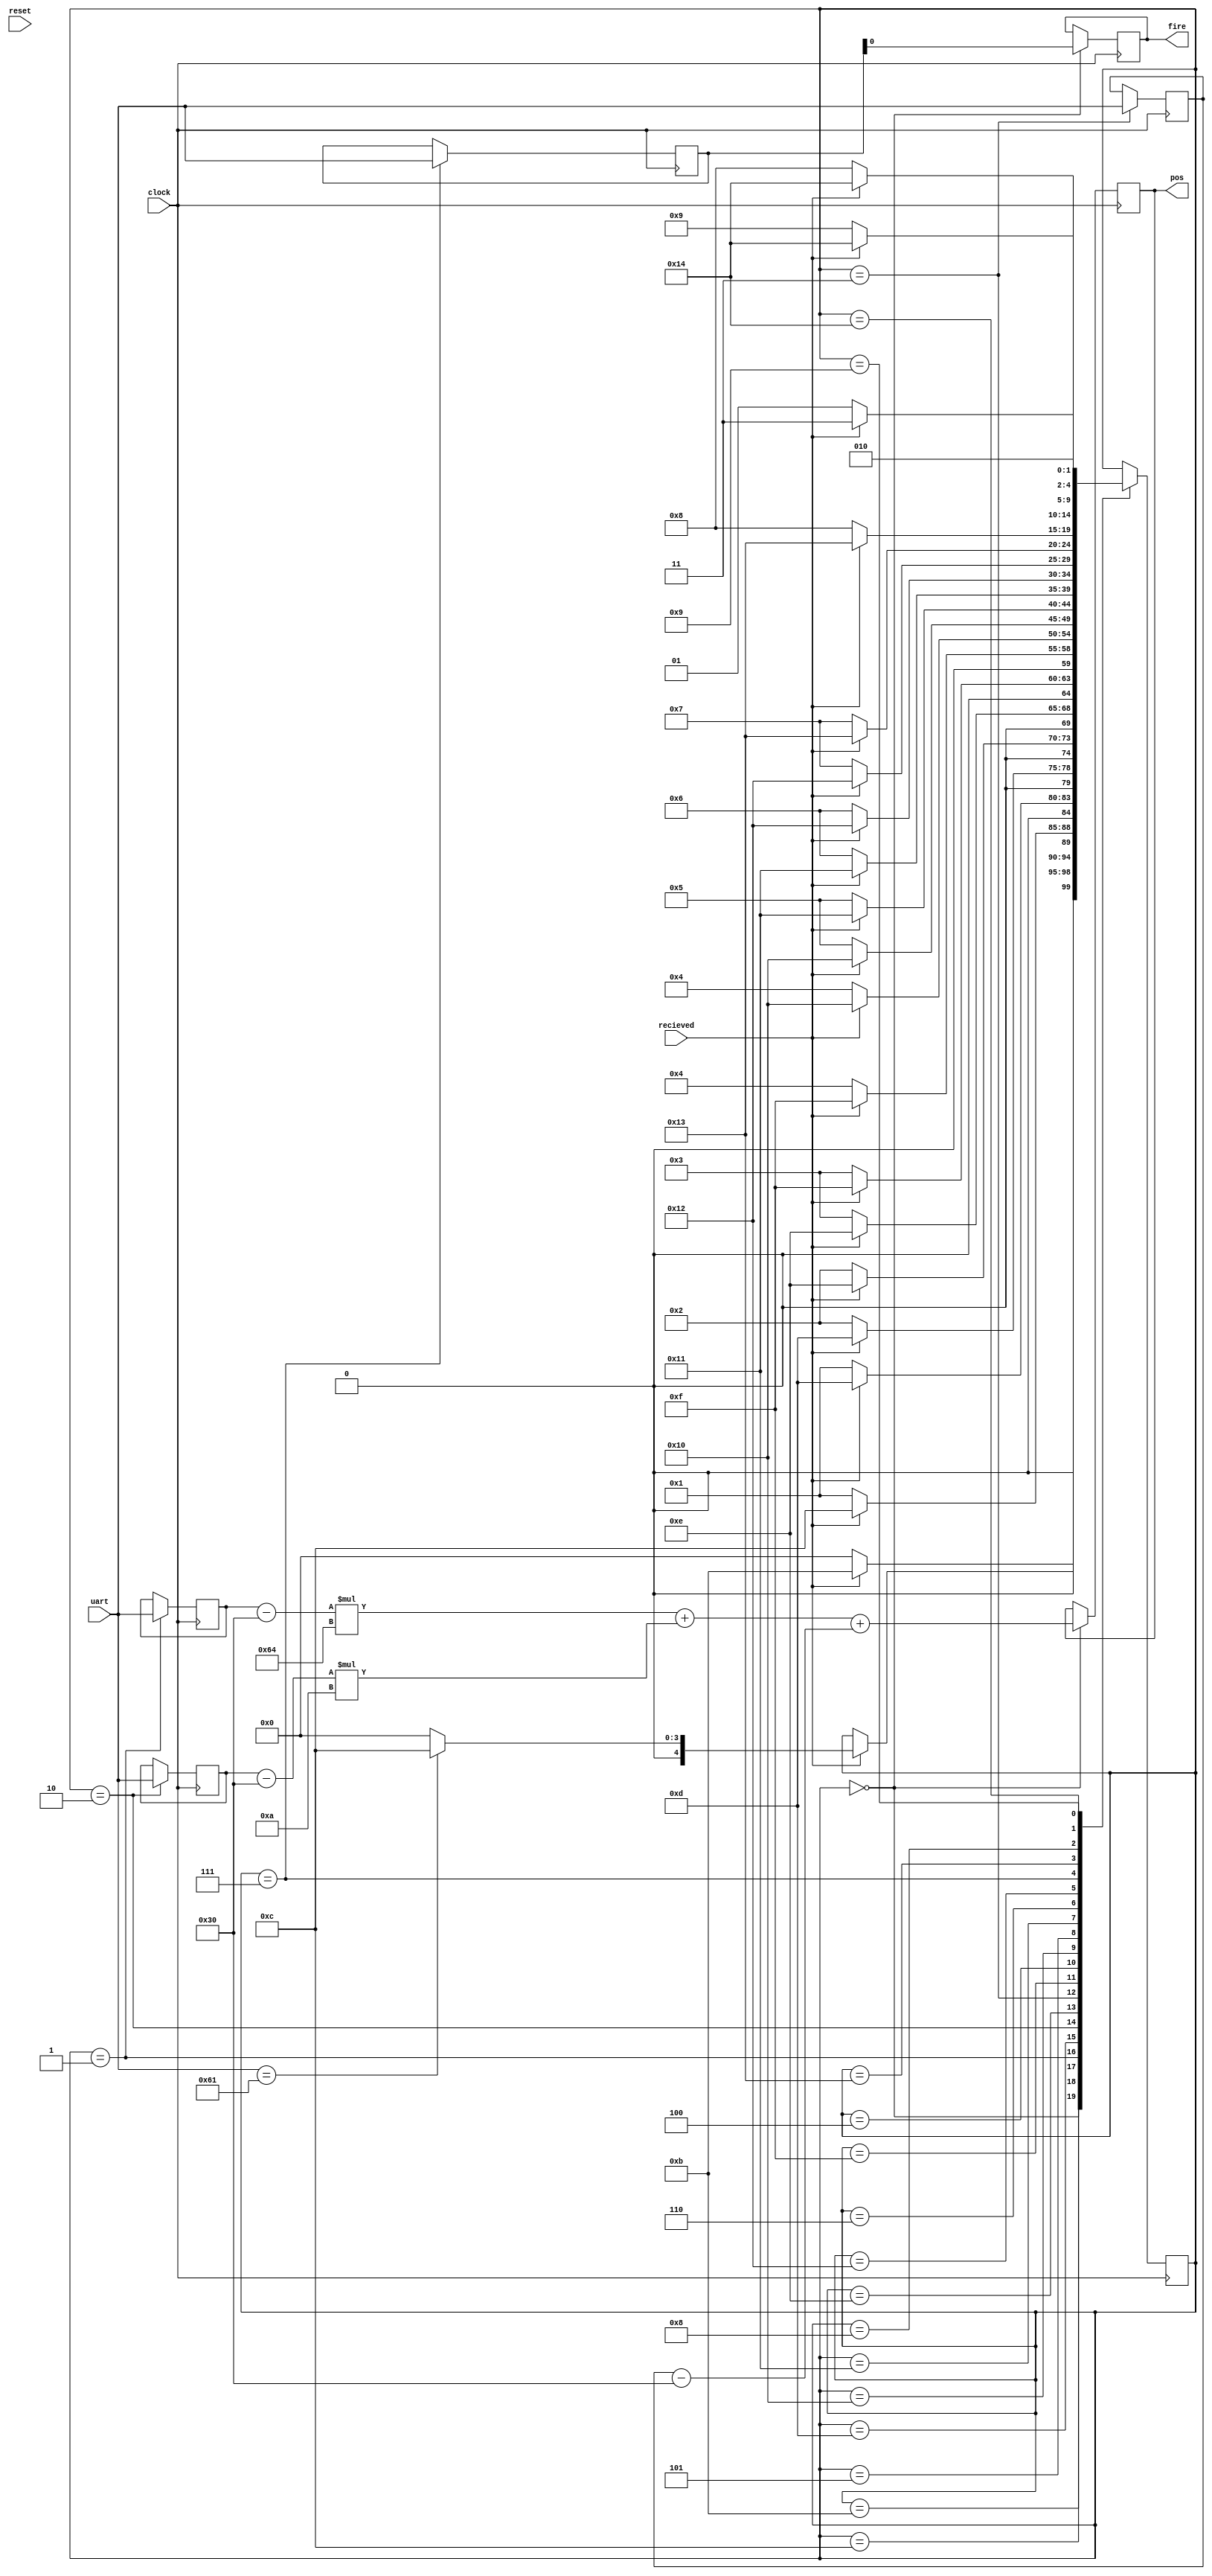
module Nerf_Sentry_sm3(clock, uart, recieved, reset, pos, fire);
	input clock;
	input [7:0] uart;
	input recieved;
	input reset;
	output reg [7:0] pos;
	output reg fire;
	reg [4:0] state;
	reg [7:0] fireReg;
	reg [7:0] x100, x010, x001;
	parameter IDLE = 5'b00000,
			    X100 = 5'b00001,
				 X010 = 5'b00010,
				 X001 = 5'b00011,
			    Y100 = 5'b00100,
				 Y010 = 5'b00101,
				 Y001 = 5'b00110,
				 FIRE = 5'b00111,
				 FIRESEL = 5'b01000,
				 SCANSEL = 5'b01001,
				 BIDLE = 5'b01011,
			    BX100 = 5'b01100,
				 BX010 = 5'b01101,
				 BX001 = 5'b01110,
			    BY100 = 5'b01111,
				 BY010 = 5'b10000,
				 BY001 = 5'b10001,
				 BFIRE = 5'b10010,
				 BFIRESEL = 5'b10011,
				 BSCANSEL = 5'b10100;
	always @ (posedge clock)
		begin
			case(state)
				BIDLE: 
					begin
						if (recieved == 1)
							state <= BIDLE;
						else
							state <= IDLE;
					end
				IDLE: 
					begin
						if (recieved == 1)
							begin
								if (uart[7:0] == 8'b01100001)
									state <= BX100;
								else
									state <= IDLE;
							end
					end
				BX100:
					begin
						if (recieved == 1)
							state <= BX100;
						else
							state <= X100;
					end
				X100: 
					begin
						if (recieved == 1)
							state <= BX010;
						else
							state <= X100;
					end
				BX010:
					begin
						if (recieved == 1)
							state <= BX010;
						else
							state <= X010;
					end
				X010:
					begin
						if (recieved == 1)
							state <= BX001;
						else
							state <= X010;
					end
				BX001:
					begin
						if (recieved == 1)
							state <= BX001;
						else
							state <= X001;
					end
				X001: 
					begin
						if (recieved == 1)
							state <= BY100;
						else
							state <= X001;
					end
				BY100:
					begin
						if (recieved == 1)
							state <= BY100;
						else
							state <= Y100;
					end
				Y100: 
					begin
						if (recieved == 1)
							state <= BY010;
						else
							state <= Y100;
					end
				BY010:
					begin
						if (recieved == 1)
							state <= BY010;
						else
							state <= Y010;
					end
				Y010: 
					begin
						if (recieved == 1)
							state <= BY001;
						else
							state <= Y010;
					end
				BY001:
					begin
						if (recieved == 1)
							state <= BY001;
						else
							state <= Y001;
					end
				Y001:
					begin
						if (recieved == 1)
							state <= BFIRE;
						else
							state <= Y001;
					end
				BFIRE:
					begin
						if (recieved == 1)
							state <= BFIRE;
						else
							state <= FIRE;
					end
				FIRE:
					begin
						if (recieved == 1)
							state <= BFIRESEL;
						else
							state <= FIRE;
					end
				BFIRESEL:
					begin
						if (recieved == 1)
							state <= BFIRESEL;
						else
							state <= FIRESEL;
					end
				FIRESEL:
					begin
						if (recieved == 1)
							state <= BSCANSEL;
						else
							state <= FIRESEL;
					end
				BSCANSEL:
					begin
						if (recieved == 1)
							state <= BSCANSEL;
						else
							state <= SCANSEL;
					end
				SCANSEL: 
					begin
						if (recieved == 1)
							state <= BIDLE;
						else
							state <= SCANSEL;
					end
				default: ;
			endcase
		end
	always @ (posedge clock)
		begin
			case(state)
				IDLE: 
				begin
					pos[7:0] <= ((x100 - 8'b00110000) * 8'b01100100) + ((x010 - 8'b00110000) * 8'b00001010) + (x001 - 8'b00110000);
					fire <= fireReg[0];
				end
				X100: x100[7:0] <= uart[7:0];
				X010: x010[7:0] <= uart[7:0];
				X001: x001[7:0] <= uart[7:0];
				FIRE: fireReg[7:0] <= uart[7:0];
				default: ;
			endcase
		end
endmodule